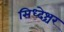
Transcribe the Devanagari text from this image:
सिध्देश्चर